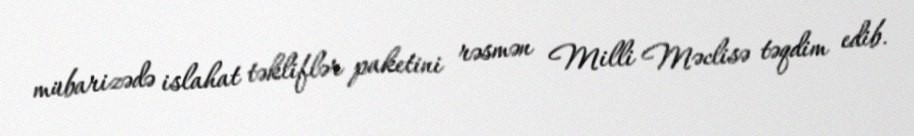
mübarizədə islahat təkliflər paketini rəsmən Milli Məclisə təqdim edib.